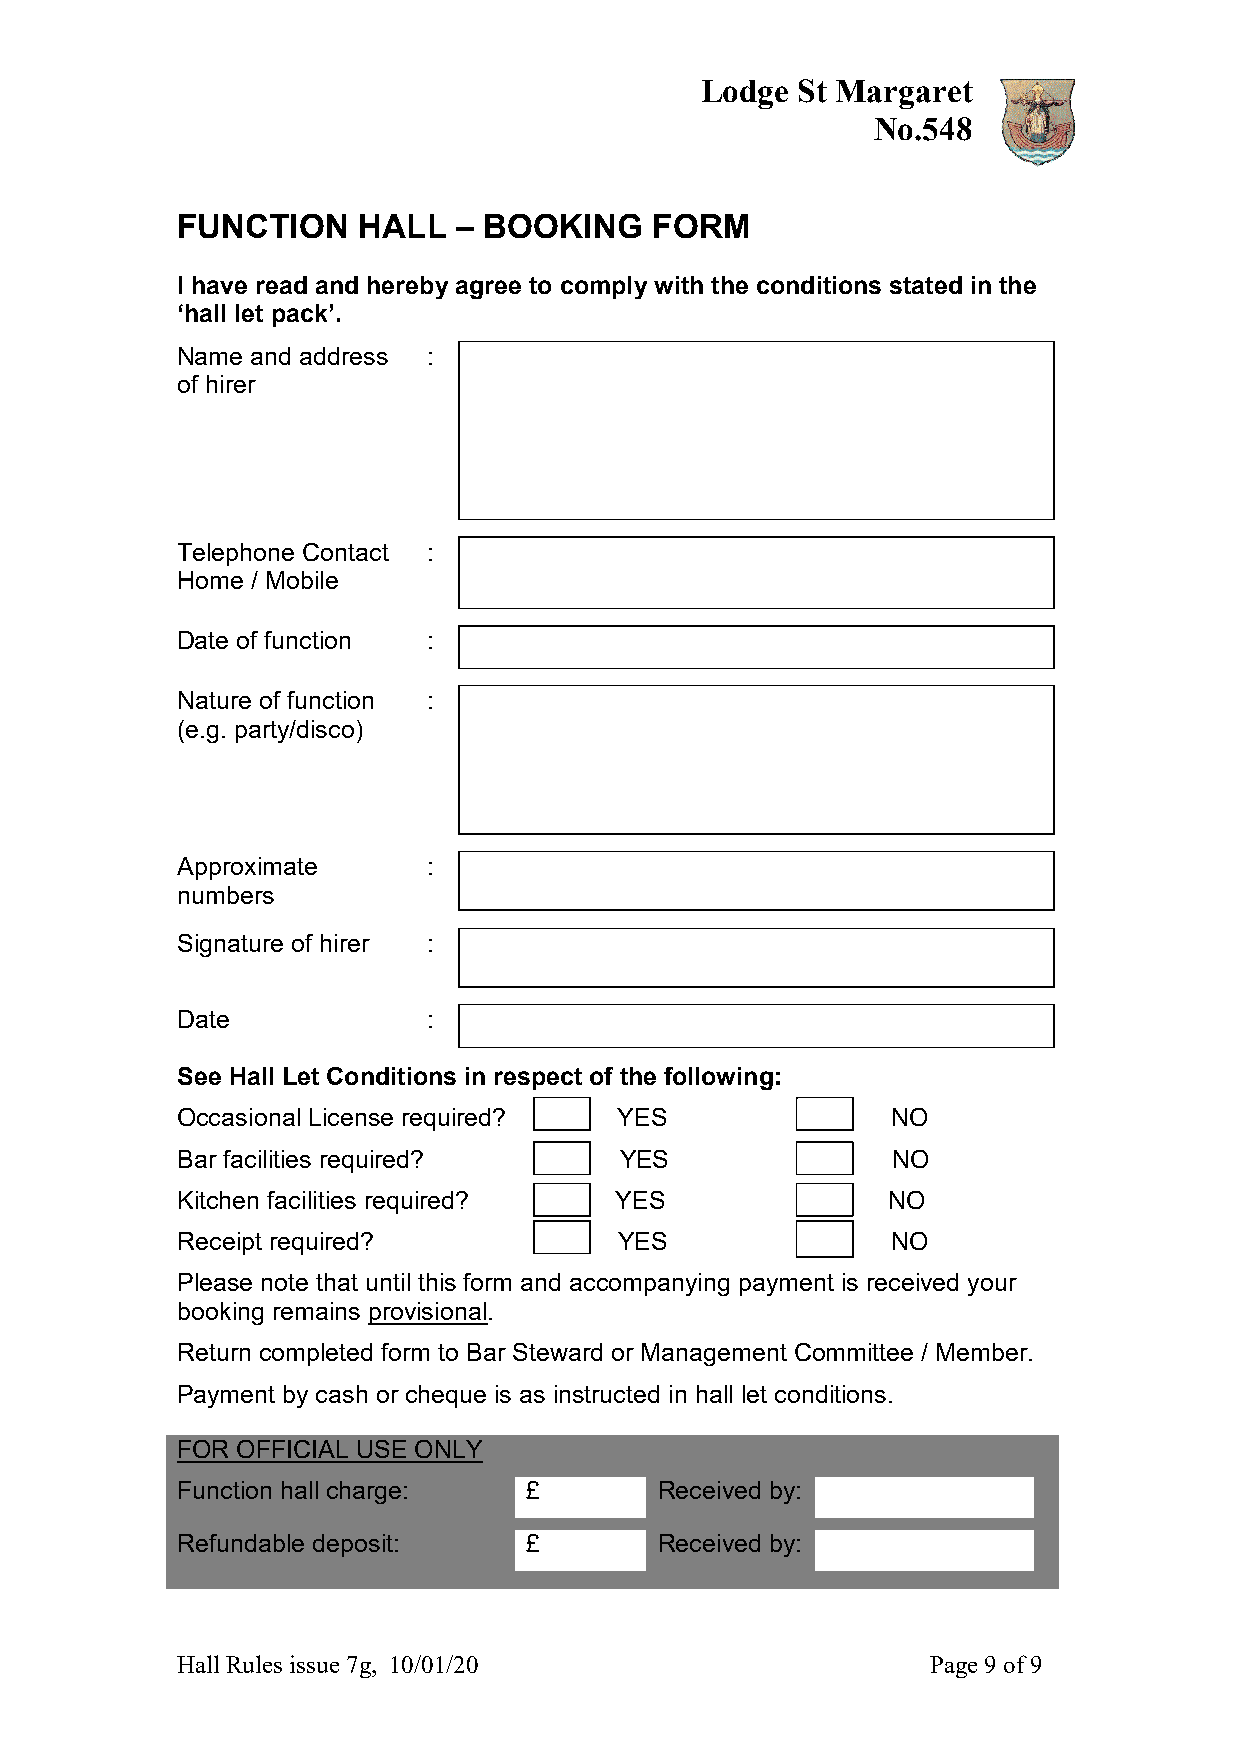
Lodge  St Margaret
 No.548
 FUNCTION    HALL  – BOOKING    FORM
 I have read and hereby agree to comply with the conditions stated in the
 ‘hall let pack’.
 Name and address :
 of hirer
 Telephone Contact :
 Home / Mobile
 Date of function :
 Nature of function :
 (e.g. party/disco)
 Approximate     :
 numbers
 Signature of hirer :
 Date            :
 See Hall Let Conditions in respect of the following:
 Occasional License required? YES               NO
 Bar facilities required?     YES               NO
 Kitchen facilities required? YES               NO
 Receipt required?            YES               NO
 Please note that until this form and accompanying payment is received your
 booking remains provisional.
 Return completed form to Bar Steward or Management Committee / Member.
 Payment by cash or cheque is as instructed in hall let conditions.
 FOR OFFICIAL USE ONLY
 Function hall charge:  £        Received by:
 Refundable deposit:    £        Received by:
 Hall Rules issue 7g, 10/01/20                     Page 9 of 9